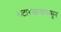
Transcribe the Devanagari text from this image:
भटारखान्यापासून